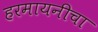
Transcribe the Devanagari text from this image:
हरमायनीचा